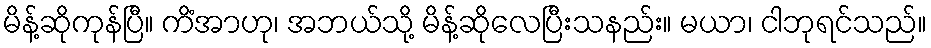
မိန့်ဆိုကုန်ပြီ။ ကိံအာဟု၊ အဘယ်သို့ မိန့်ဆိုလေပြီးသနည်း။ မယာ၊ ငါဘုရင်သည်။